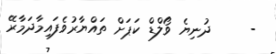
-     ދުނިޔެ ވޯލްޑް ކަޕަށް ތައްޔާރުވެފައިމާދަމާރޭ